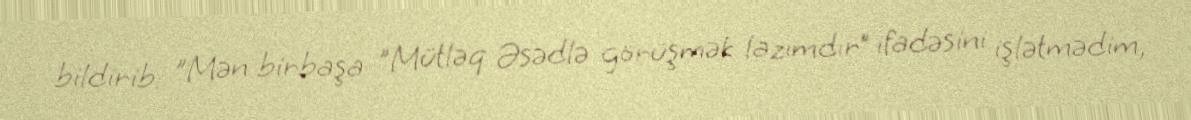
bildirib: "Mən birbaşa "Mütləq Əsədlə görüşmək lazımdır” ifadəsini işlətmədim,